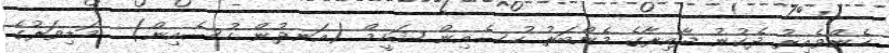
ހެންވެއިރު ދެކުނު ދާއިރާގެ މެންބަރު ހުސެއިން ޝަހީމް (އަނދުން ހުސެއިން) . މަޑިވަރުގެ